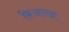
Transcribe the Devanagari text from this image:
फिआन्द्रा